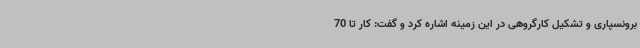
برونسپاری و تشکیل کارگروهی در این زمینه اشاره کرد و گفت: کار تا 70